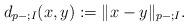
LaTeX: \begin{align*} d_{p-;I}(x,y) := \|x - y\|_{p-;I}.\end{align*}